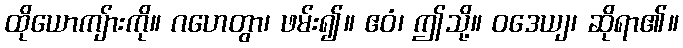
ထိုယောကျ်ားကို။ ဂဟေတွာ၊ ဖမ်း၍။ ဧဝံ၊ ဤသို့။ ဝဒေယျ၊ ဆိုရာ၏။